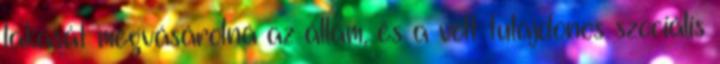
lakását megvásárolná az állam, és a volt tulajdonos szociális